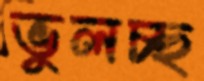
ভুলচ্ছ